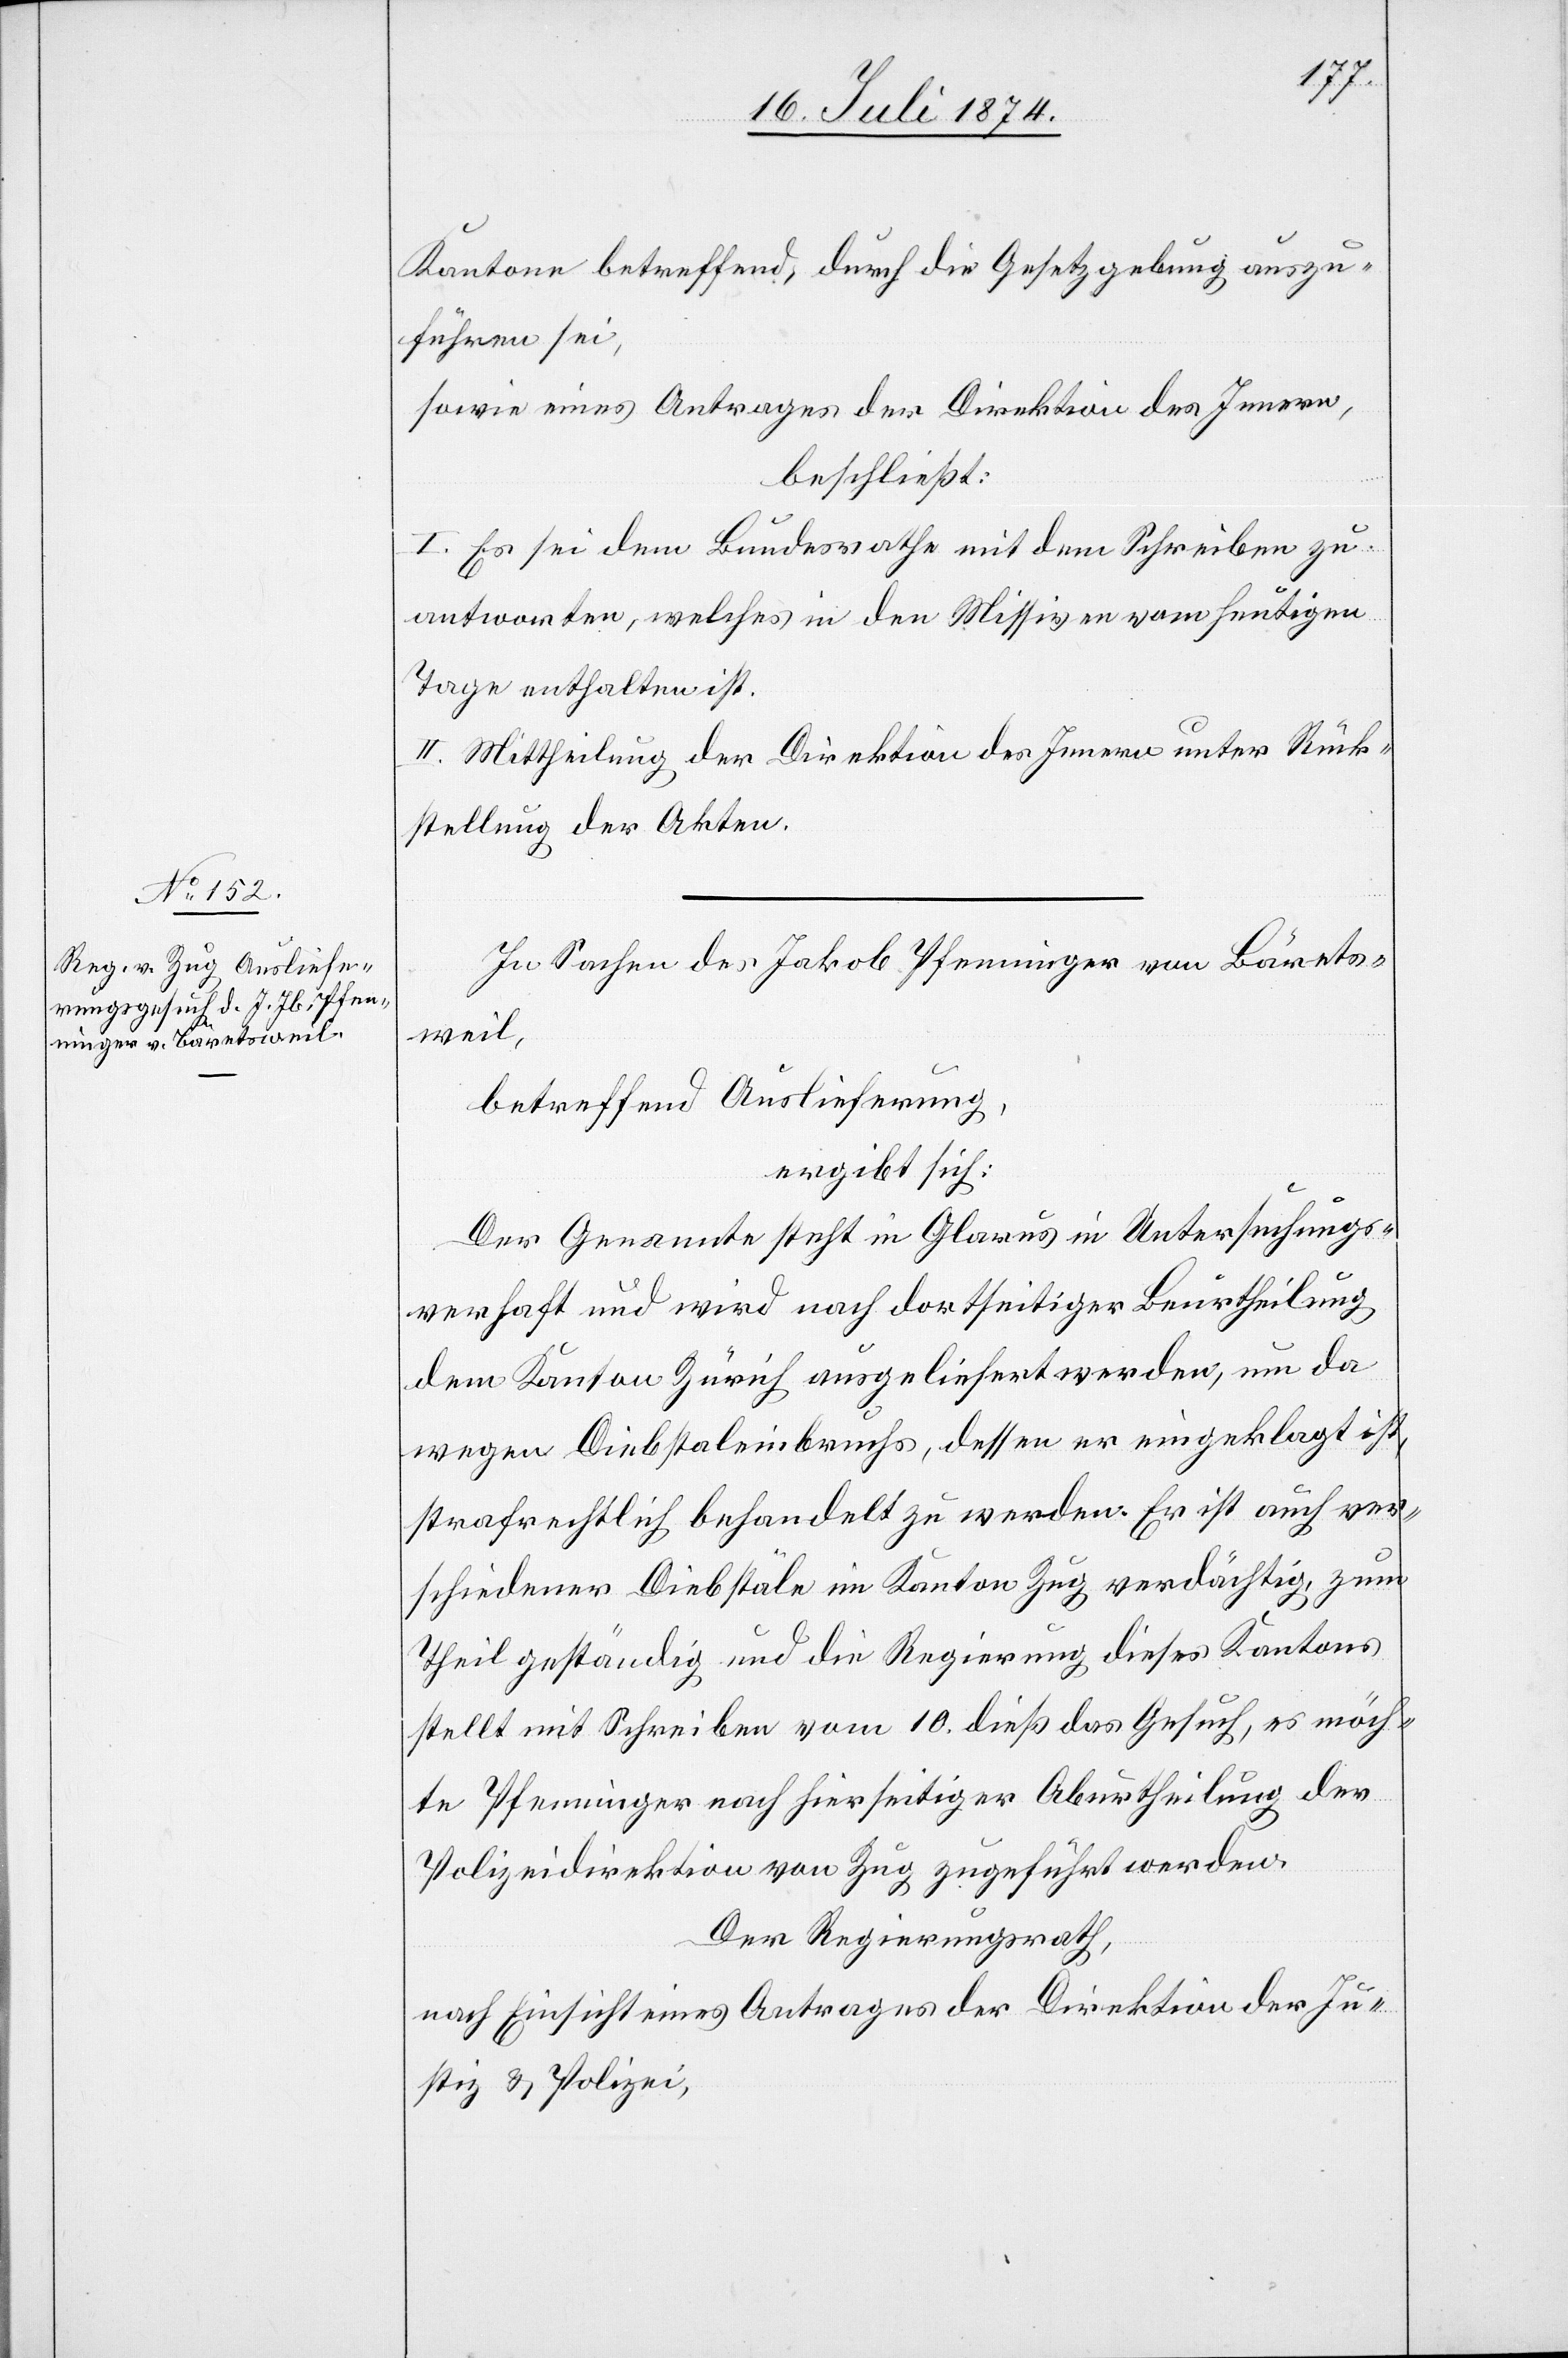
20. Juli 1874.]
Kantone betreffend, durch die Gesetzgebung auszu¬
führen sei,
sowie eines Antrages der Direktion des Innern,
beschließt:
I. Es sei dem Bundesrathe mit dem Schreiben zu
antworten, welches in den Missiven vom heutigen
Tage enthalten ist.
II. Mittheilung der Direktion des Innern unter Rück¬
stellung der Akten.
In Sachen des Jakob Pfenninger von Bärets¬
weil,
betreffend Auslieferung,
ergibt sich:
Der Genannte steht in Glarus in Untersuchungs¬
verhaft und wird nach dortseitiger Beurtheilung
dem Kanton Zürich ausgeliefert werden, um da
wegen Diebstaleinbruchs, dessen er eingeklagt ist,
strafrechtlich behandelt zu werden. Er ist auch ver¬
schiedener Diebstäle im Kanton Zug verdächtig, zum
Theil geständig und die Regierung dieses Kantons
stellt mit Schreiben vom 10. dieß das Gesuch, es möch¬
te Pfenninger nach hierseitiger Aburtheilung der
Polizeidirektion von Zug zugeführt werden.
Der Regierungsrath,
nach Einsicht eines Antrages der Direktion der Ju¬
stiz u. Polizei,